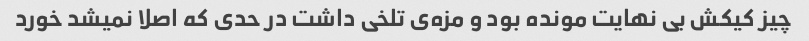
چیز کیکش بی نهایت مونده بود و مزه‌ی تلخی داشت در حدی که اصلا نمیشد خورد